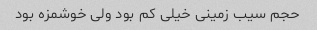
حجم سیب زمینی خیلی کم بود ولی خوشمزه بود